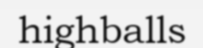
highballs